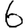
Digit: 6